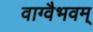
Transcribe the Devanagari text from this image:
वाग्वैभवम्